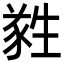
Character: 𬎼